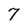
Character: 7